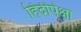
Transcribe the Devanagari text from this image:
हिंदीपेक्षा